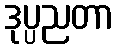
ဒုပ္ပညတာ